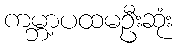
ကမ္ဘာ့ပထမဦးဆုံး